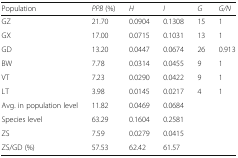
<table><thead><tr><td><b>Population</b></td><td><b><i>PPB</i> (%)</b></td><td><b><i>H</i></b></td><td><b><i>I</i></b></td><td><b><i>G</i></b></td><td><b><i>G/N</i></b></td></tr></thead><tbody><tr><td>GZ</td><td>21.70</td><td>0.0904</td><td>0.1308</td><td>15</td><td>1</td></tr><tr><td>GX</td><td>17.00</td><td>0.0715</td><td>0.1031</td><td>13</td><td>1</td></tr><tr><td>GD</td><td>13.20</td><td>0.0447</td><td>0.0674</td><td>26</td><td>0.913</td></tr><tr><td>BW</td><td>7.78</td><td>0.0314</td><td>0.0455</td><td>9</td><td>1</td></tr><tr><td>VT</td><td>7.23</td><td>0.0290</td><td>0.0422</td><td>9</td><td>1</td></tr><tr><td>LT</td><td>3.98</td><td>0.0145</td><td>0.0217</td><td>4</td><td>1</td></tr><tr><td>Avg. in population level</td><td>11.82</td><td>0.0469</td><td>0.0684</td><td></td><td></td></tr><tr><td>Species level</td><td>63.29</td><td>0.1604</td><td>0.2581</td><td></td><td></td></tr><tr><td>ZS</td><td>7.59</td><td>0.0279</td><td>0.0415</td><td></td><td></td></tr><tr><td>ZS/GD (%)</td><td>57.53</td><td>62.42</td><td>61.57</td><td></td><td></td></tr></tbody></table>